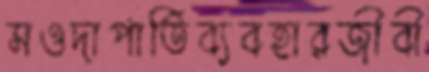
সওদাপাতিব্যবহারজীবী